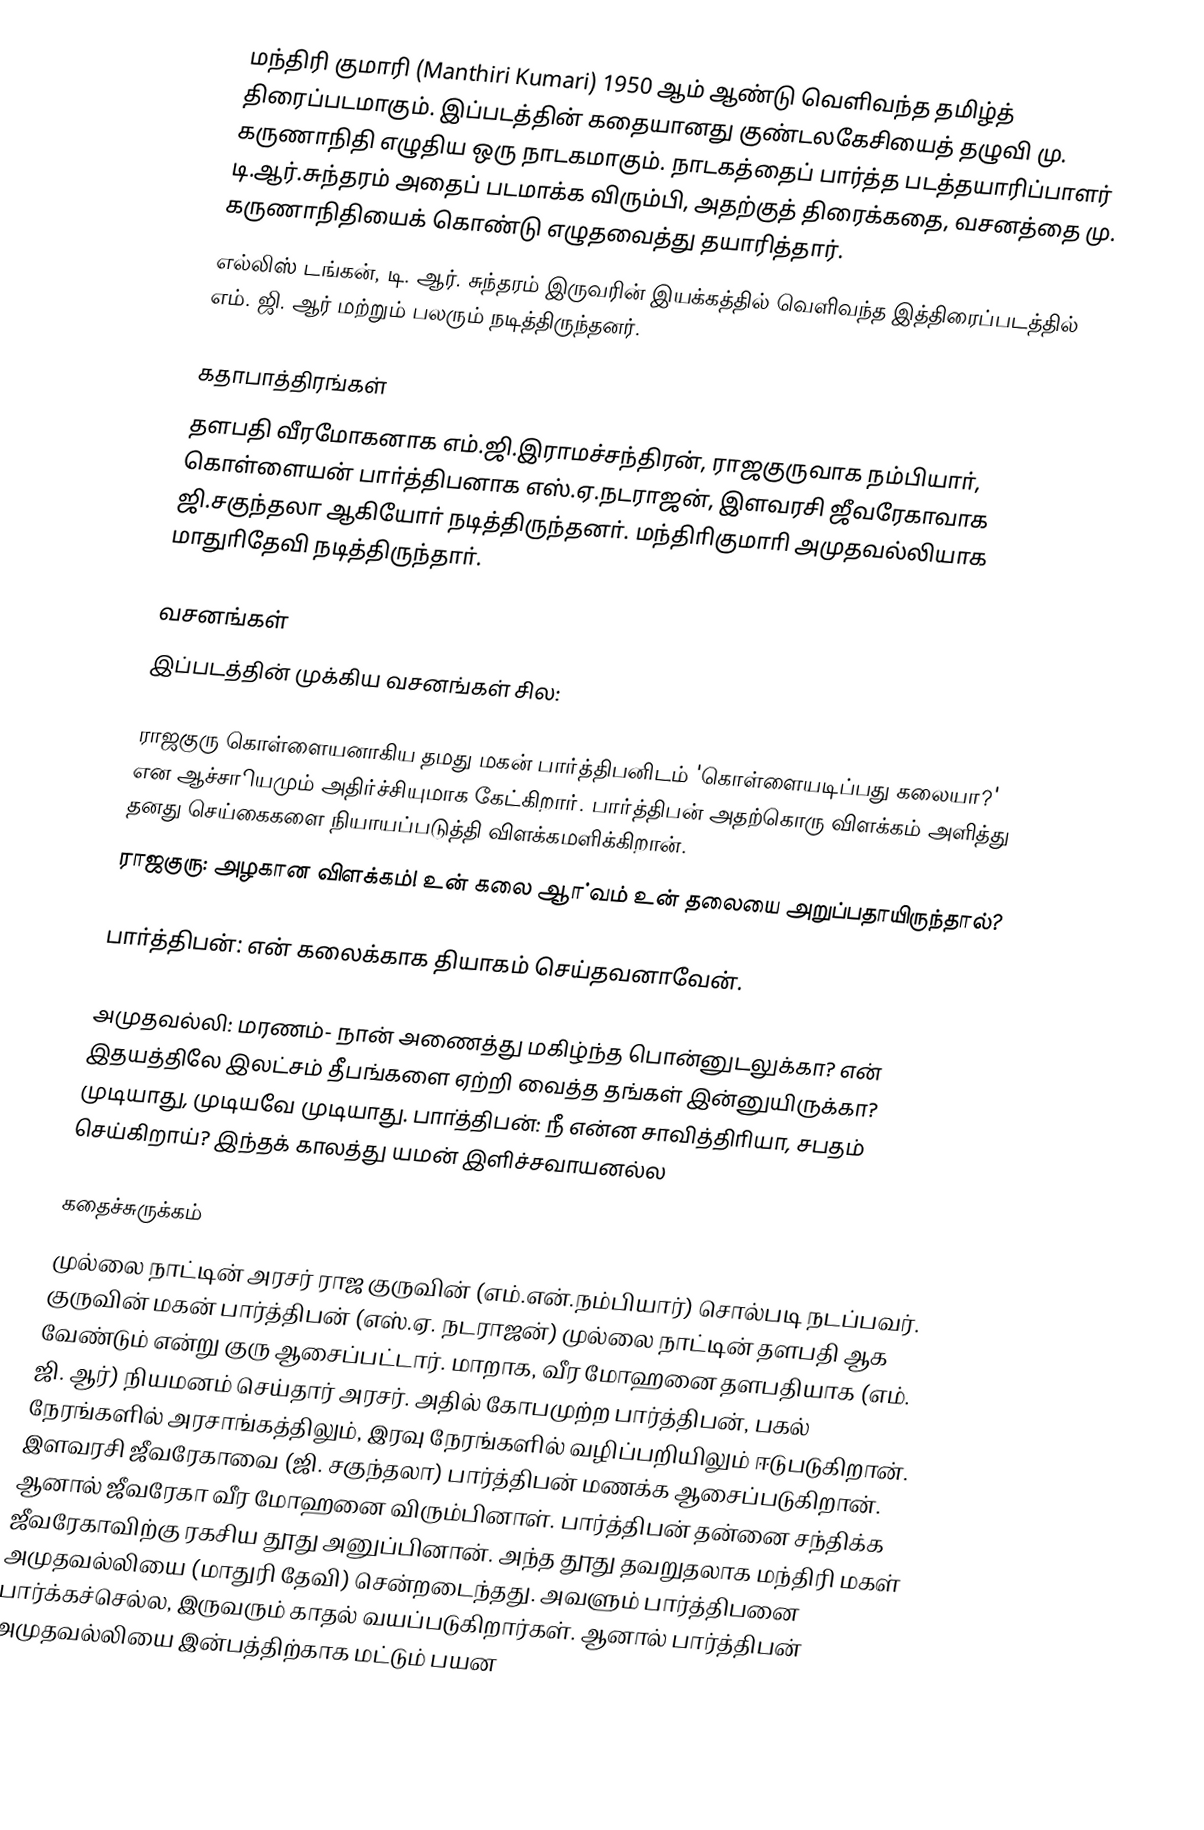
மந்திரி குமாரி (Manthiri Kumari) 1950 ஆம் ஆண்டு வெளிவந்த தமிழ்த் திரைப்படமாகும். இப்படத்தின் கதையானது  குண்டலகேசியைத் தழுவி மு. கருணாநிதி எழுதிய ஒரு நாடகமாகும். நாடகத்தைப் பார்த்த படத்தயாரிப்பாளர் டி.ஆர்.சுந்தரம் அதைப் படமாக்க விரும்பி, அதற்குத்  திரைக்கதை, வசனத்தை மு. கருணாநிதியைக் கொண்டு எழுதவைத்து தயாரித்தார்.
எல்லிஸ் டங்கன், டி. ஆர். சுந்தரம் இருவரின் இயக்கத்தில் வெளிவந்த இத்திரைப்படத்தில் எம். ஜி. ஆர் மற்றும் பலரும் நடித்திருந்தனர்.

கதாபாத்திரங்கள்
தளபதி வீரமோகனாக எம்.ஜி.இராமச்சந்திரன், ராஜகுருவாக நம்பியாா், கொள்ளையன் பாா்த்திபனாக எஸ்.ஏ.நடராஜன், இளவரசி ஜீவரேகாவாக ஜி.சகுந்தலா ஆகியோா் நடித்திருந்தனா். மந்திாிகுமாாி அமுதவல்லியாக மாதுாிதேவி நடித்திருந்தாா்.

வசனங்கள்
இப்படத்தின் முக்கிய வசனங்கள் சில:

 ராஜகுரு  கொள்ளையனாகிய  தமது மகன் பாா்த்திபனிடம் 'கொள்ளையடிப்பது கலையா?' என ஆச்சாியமும் அதிா்ச்சியுமாக கேட்கிறாா். பாா்த்திபன் அதற்கொரு விளக்கம் அளித்து தனது செய்கைகளை நியாயப்படுத்தி விளக்கமளிக்கிறான்.
 ராஜகுரு: அழகான விளக்கம்! உன் கலை ஆா்வம் உன் தலையை அறுப்பதாயிருந்தால்?

பாா்த்திபன்: என் கலைக்காக தியாகம் செய்தவனாவேன்.

அமுதவல்லி: மரணம்- நான் அணைத்து மகிழ்ந்த பொன்னுடலுக்கா? என் இதயத்திலே இலட்சம் தீபங்களை ஏற்றி வைத்த தங்கள் இன்னுயிருக்கா? முடியாது, முடியவே முடியாது. பாா்த்திபன்: நீ என்ன சாவித்திாியா, சபதம் செய்கிறாய்? இந்தக் காலத்து யமன் இளிச்சவாயனல்ல

கதைச்சுருக்கம்
முல்லை நாட்டின் அரசர் ராஜ குருவின் (எம்.என்.நம்பியார்) சொல்படி நடப்பவர். குருவின் மகன் பார்த்திபன் (எஸ்.ஏ. நடராஜன்) முல்லை நாட்டின் தளபதி ஆக வேண்டும் என்று குரு ஆசைப்பட்டார். மாறாக, வீர மோஹனை தளபதியாக (எம். ஜி. ஆர்) நியமனம் செய்தார் அரசர். அதில் கோபமுற்ற பார்த்திபன், பகல் நேரங்களில் அரசாங்கத்திலும், இரவு நேரங்களில் வழிப்பறியிலும் ஈடுபடுகிறான். இளவரசி ஜீவரேகாவை (ஜி. சகுந்தலா) பார்த்திபன் மணக்க ஆசைப்படுகிறான். ஆனால் ஜீவரேகா வீர மோஹனை விரும்பினாள். பார்த்திபன் தன்னை சந்திக்க ஜீவரேகாவிற்கு ரகசிய தூது அனுப்பினான். அந்த தூது தவறுதலாக மந்திரி மகள் அமுதவல்லியை (மாதுரி தேவி) சென்றடைந்தது. அவளும் பார்த்திபனை பார்க்கச்செல்ல, இருவரும் காதல் வயப்படுகிறார்கள். ஆனால் பார்த்திபன் அமுதவல்லியை இன்பத்திற்காக மட்டும் பயன